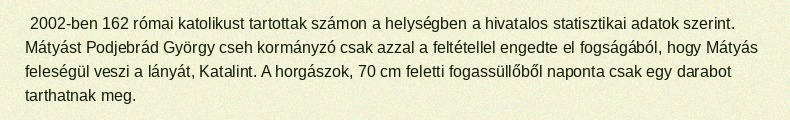
2002-ben 162 római katolikust tartottak számon a helységben a hivatalos statisztikai adatok szerint. Mátyást Podjebrád György cseh kormányzó csak azzal a feltétellel engedte el fogságából, hogy Mátyás feleségül veszi a lányát, Katalint. A horgászok, 70 cm feletti fogassüllőből naponta csak egy darabot tarthatnak meg.